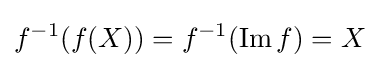
f^{-1}(f(X))=f^{-1}(\operatorname {Im} f)=X